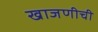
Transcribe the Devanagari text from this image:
खाजणीची